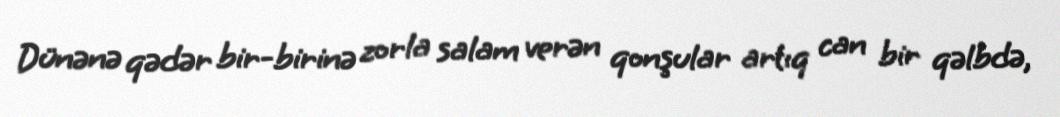
Dünənə qədər bir-birinə zorla salam verən qonşular artıq can bir qəlbdə,